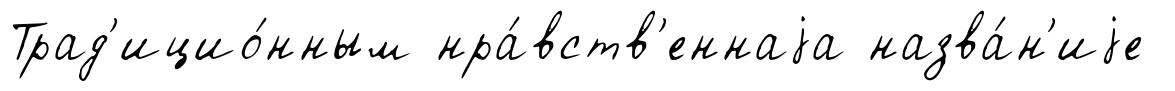
Трад'ицио́нным нра́вств'еннаjа назва́н'иjе